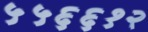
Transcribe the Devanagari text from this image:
५५६६१२